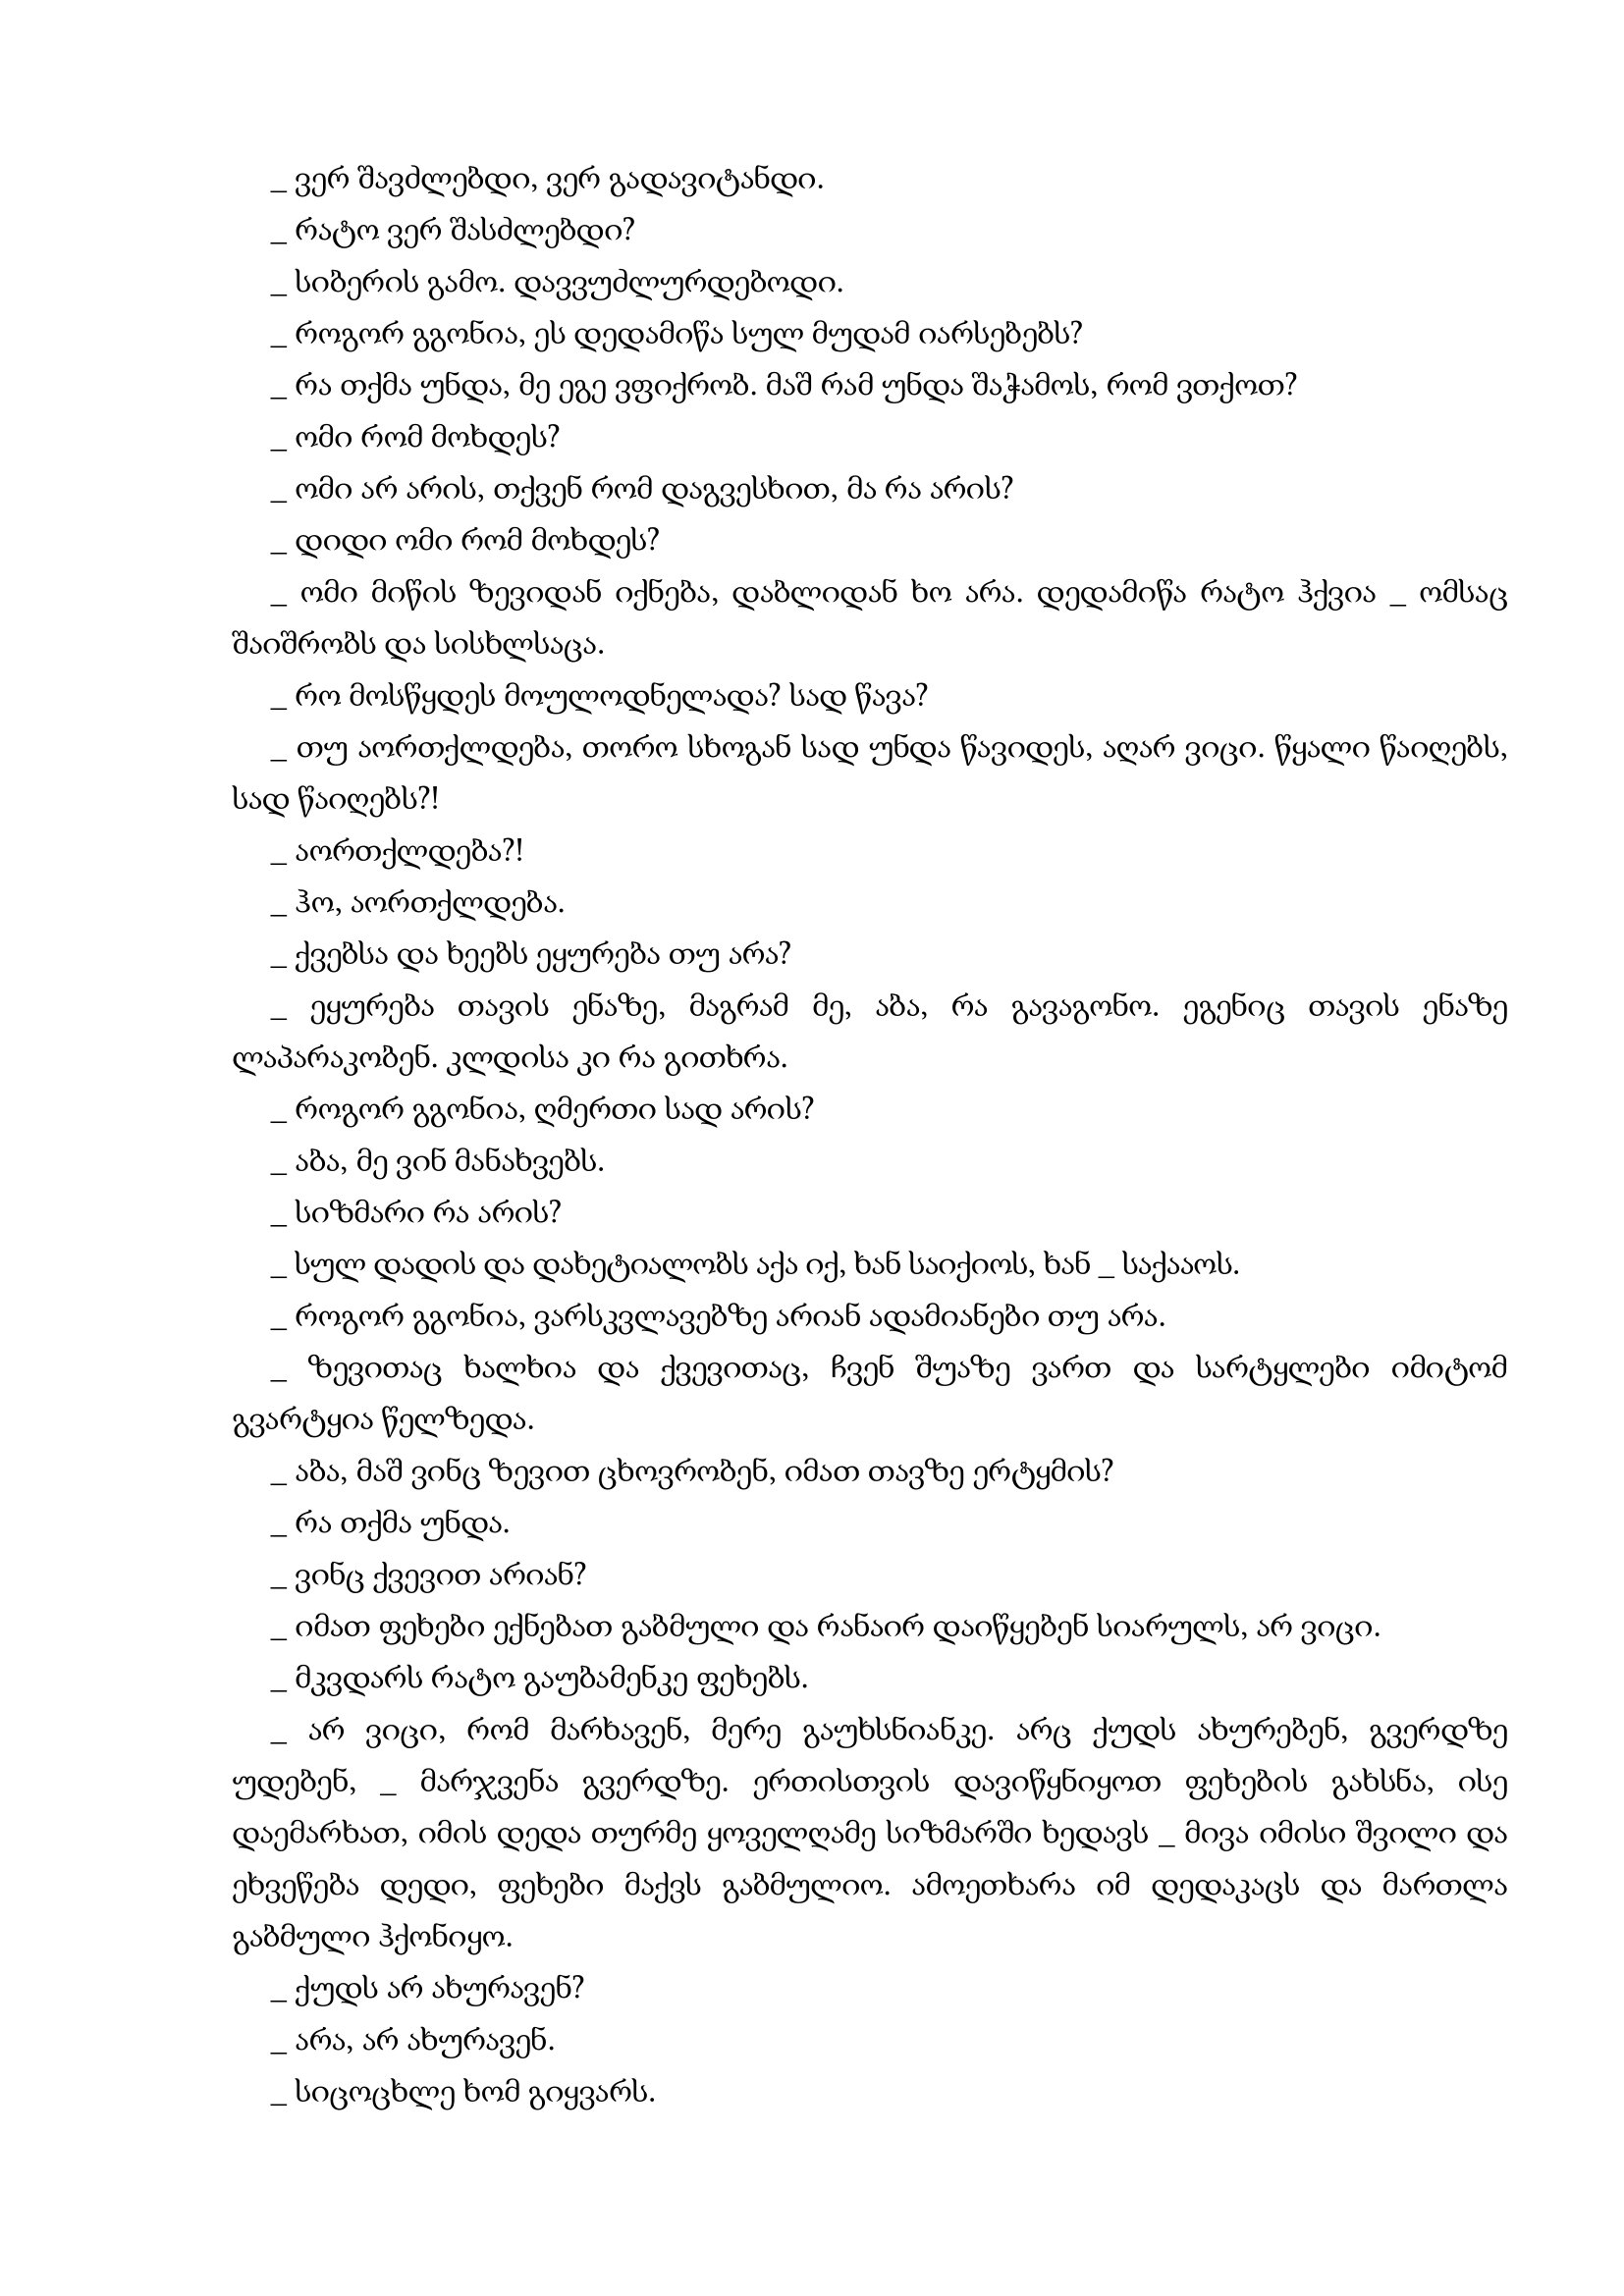
Language: gr